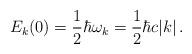
LaTeX: \begin{align*}E_k(0) = \frac{1}{2}\hbar \omega_k = \frac{1}{2} \hbar c|k|\,.\end{align*}